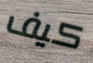
كيف